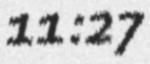
11:27